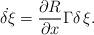
LaTeX: \begin{align*} \dot{\delta \xi} = \frac{\partial R}{\partial x} \Gamma \delta \, \xi.\end{align*}